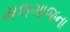
મલગાજના